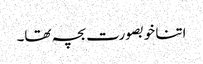
اتنا خوبصورت بچہ تھا۔